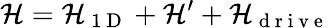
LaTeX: \mathcal{H}=\mathcal{H}_{\mathrm{~1~D~}}+\mathcal{H}^{\prime}+\mathcal{H}_{\mathrm{~d~r~i~v~e~}}